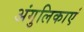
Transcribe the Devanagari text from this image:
अंगुलिकाएं